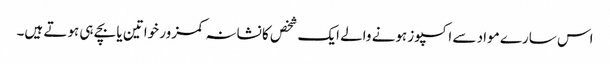
اس سارے مواد سے اکسپوز ہونے والے ایک شخص کا نشانہ کمزور خواتین یا بچے ہی ہوتے ہیں۔